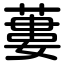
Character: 蔞